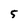
Character: 5